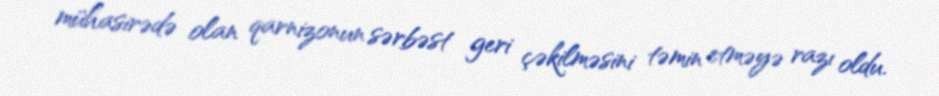
mühasirədə olan qarnizonun sərbəst geri çəkilməsini təmin etməyə razı oldu.